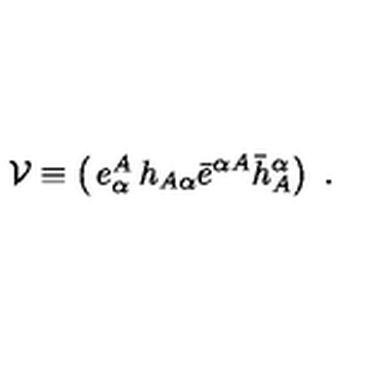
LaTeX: { \cal V } \equiv \left( \begin{matrix} { e _ { \alpha } ^ { A } } & { h _ { A \alpha } } \\ { \bar { e } ^ { \alpha A } } & { \bar { h } _ { A } ^ { \alpha } } \\ \end{matrix} \right) \ .